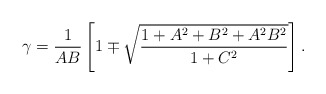
\begin{align*} \gamma={1\over AB}\left[1\mp\sqrt{1+A^2+B^2+A^2B^2\over 1+C^2}\right].\end{align*}